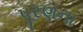
પૂરણના